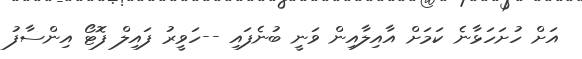
އަށް ހުށަހަޅާނެ ކަމަށް އާއިލާއިން ވަނީ ބުނެފައި --ހަވީރު ފައިލް ފޮޓޯ އިންސާފު